system: You are a helpful assistant.
user:
Analyze the provided spectrum to determine if it is a **"Cataclysmic Variables (CV)"**.

- **Key Indicators for CV (Check for either state):**
    - **State 1: Quiescent / Low-State (Emission-Dominated)**
        - **(Primary):** Strong and *very broad* Hydrogen Balmer emission lines (e.g., $H\alpha$ at 6563 Å, $H\beta$ at 4861 Å). The 'broadness' (high velocity dispersion, often FWHM > 1000 km/s) is the key diagnostic, indicating a high-velocity accretion disk.
        - **(Secondary):** Broad neutral Helium (He I) emission lines (e.g., 5876 Å, 6678 Å).
        - **(Key Confirmation):** Presence of high-excitation *ionized* Helium (He II) emission at 4686 Å. This is a strong indicator of accretion onto a white dwarf.
        - **(Line Profile):** Emission lines may exhibit a 'double-peaked' profile, which is a classic signature of a rotating accretion disk viewed at high inclination.

    - **State 2: Outburst / High-State (Absorption-Dominated)**
        - **(Primary):** Spectrum is dominated by a bright, blue continuum (looks like a hot star).
        - **(Secondary):** The emission lines from State 1 are weak, absent, or 'filled in', and are replaced by broad, shallow *absorption* lines (primarily Balmer and He I).
        - **(Morphology):** The overall spectrum mimics a hot B/A-type star. The crucial difference is that the absorption lines are significantly broader, shallower, and more 'washed-out' (or 'smeared') than the sharp lines of a normal stellar photosphere, due to high rotational speeds and pressure broadening in the disk.

Think first, call **spectral_visualization_tool** if needed to examine features in detail, then provide your final answer. Your response must adhere to the following strict rules:
1.  **Overall Structure:** Your response must follow the format `<think>...</think> <tool_call>...</tool_call> (if a tool is used) <answer>...</answer>`.
2.  **Tool Usage Constraint:** You may only make **one** tool call per turn.
3.  **Final Answer Format:** In the `<answer>` tag, your conclusion must be inside a `\boxed{}` command (e.g., `\boxed{YES}`), followed by your justification.

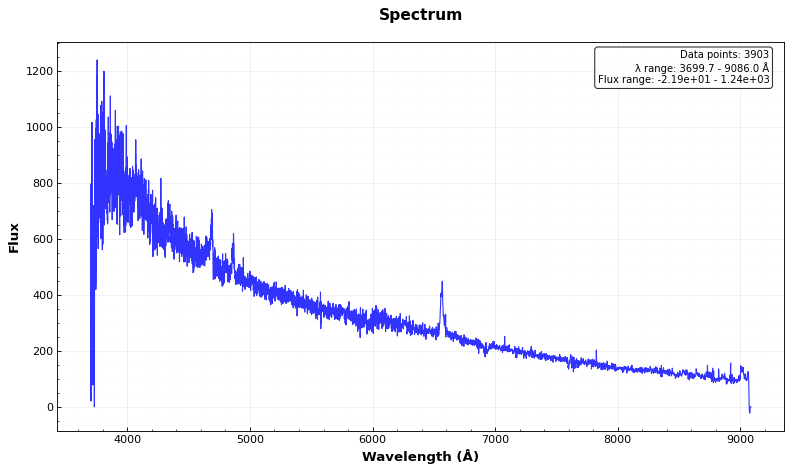
Answer: YES